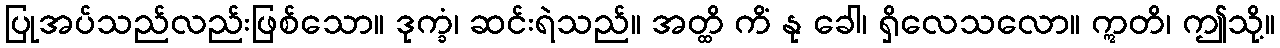
ပြုအပ်သည်လည်းဖြစ်သော။ ဒုက္ခံ၊ ဆင်းရဲသည်။ အတ္ထိ ကိံ နု ခေါ၊ ရှိလေသလော။ ဣတိ၊ ဤသို့။